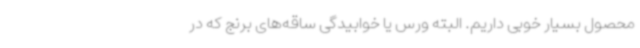
محصول بسیار خوبی داریم. البته ورس یا خوابیدگی ساقه‌های برنج که در